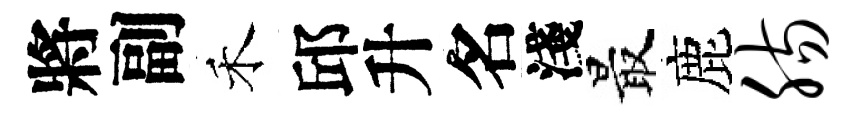
將副禾邱升名淺最鹿肠